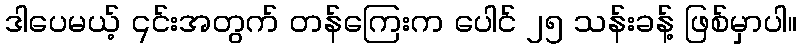
ဒါပေမယ့် ၎င်းအတွက် တန်ကြေးက ပေါင် ၂၅ သန်းခန့် ဖြစ်မှာပါ။